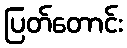
ပြတ်တောင်း